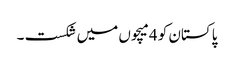
پاکستان کو 4میچوں میں شکست ۔